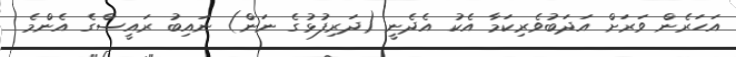
އަހަރެން ވަރަށް އަދަބުވެރިކަމާ އެކު އެދެނީ (ދަރިފުޅުގެ ނަން) ނައިބު ރައީސްގެ އެންމެ